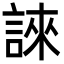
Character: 誺